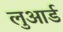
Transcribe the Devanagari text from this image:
लुआर्ड